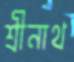
শ্রীনাথ